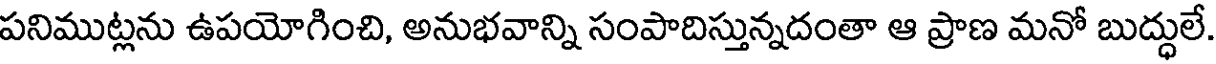
పనిముట్లను ఉపయోగించి, అనుభవాన్ని సంపాదిస్తున్నదంతా ఆ ప్రాణ మనో బుద్ధులే.